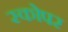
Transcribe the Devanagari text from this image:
स्कोपर